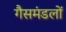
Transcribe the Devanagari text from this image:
गैसमंडलों